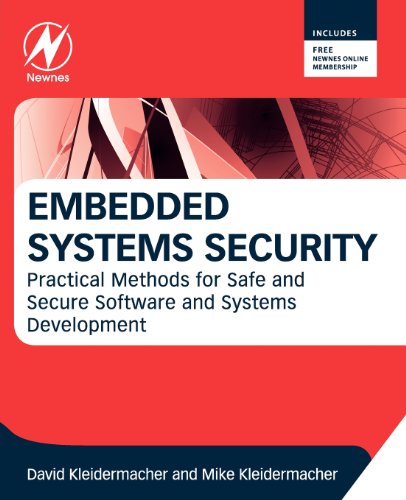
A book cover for Embedded Systems Security: Practical Methods for Safe and Secure Software and Systems Development; David Kleidermacher; Computers & Technology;